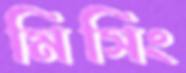
মিসিং